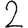
Digit: 2